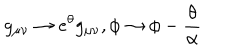
LaTeX: g _ { \mu \nu } \rightarrow e ^ { \theta } g _ { \mu \nu } , \phi \rightarrow \phi - \frac { \theta } { \alpha }